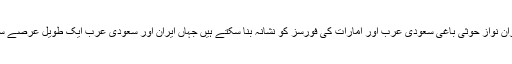
تجزیہ کار کہتے ہیں کہ یمن میں ایران نواز حوثی باغی سعودی عرب اور امارات کی فورسز کو نشانہ بنا سکتے ہیں جہاں ایران اور سعودی عرب ایک طویل عرصے سے پراکسی جنگ میں مصروف ہیں۔